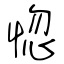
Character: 惚